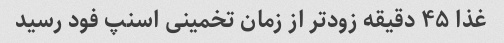
غذا ۴۵ دقیقه زودتر از زمان تخمینی اسنپ فود رسید